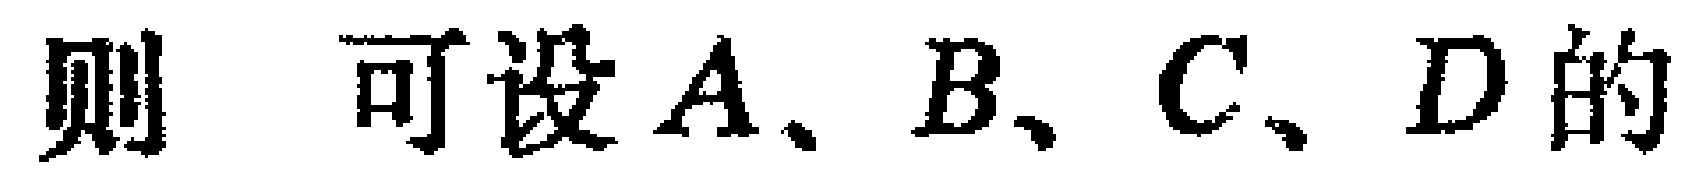
则 可设\(A、B、C、D\)的